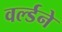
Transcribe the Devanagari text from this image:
वर्ल्डने